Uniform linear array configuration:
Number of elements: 12
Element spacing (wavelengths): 1
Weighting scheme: uniform
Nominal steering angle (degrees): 45
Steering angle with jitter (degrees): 43.501
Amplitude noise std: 0.05
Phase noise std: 0.05

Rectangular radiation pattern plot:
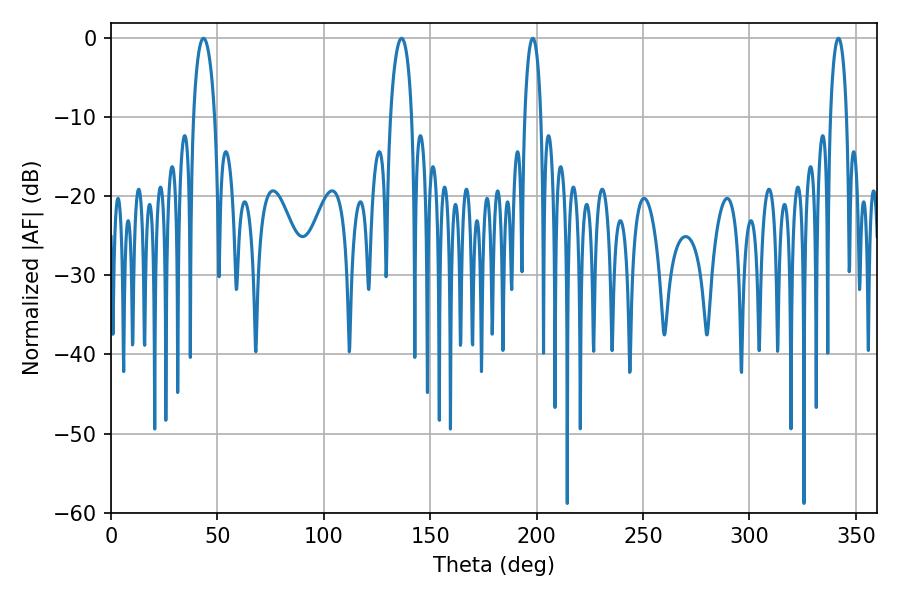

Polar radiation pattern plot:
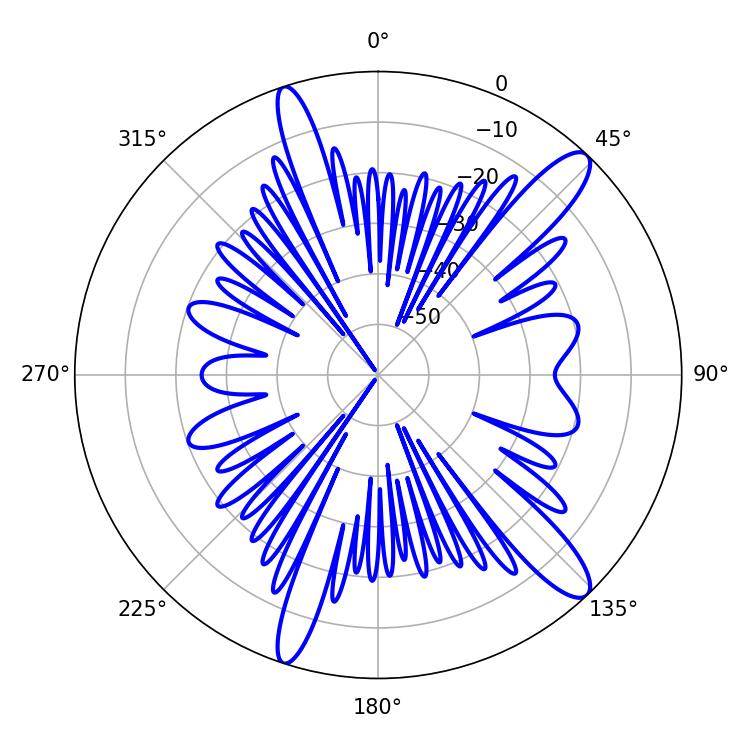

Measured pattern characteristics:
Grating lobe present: TRUE
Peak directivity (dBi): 13.004
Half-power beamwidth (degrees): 4.32
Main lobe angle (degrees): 198.18